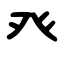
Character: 癶